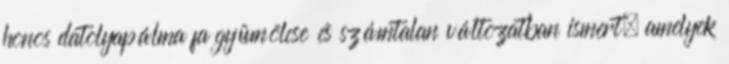
honos datolyapálma fa gyümölcse és számtalan változatban ismert, amelyek